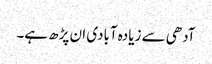
آدھی سے زیادہ آبادی ان پڑھ ہے۔